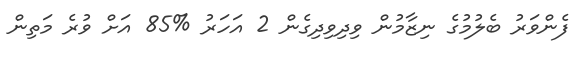
ފެންވަރު ބެލުމުގެ ނިޒާމުން ވިދިވިދިގެން 2 އަހަރު %85 އަށް ވުރެ މަތިން